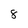
Character: 8